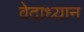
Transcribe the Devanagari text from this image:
वेदाध्यान